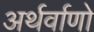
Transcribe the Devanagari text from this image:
अर्थर्वाणो